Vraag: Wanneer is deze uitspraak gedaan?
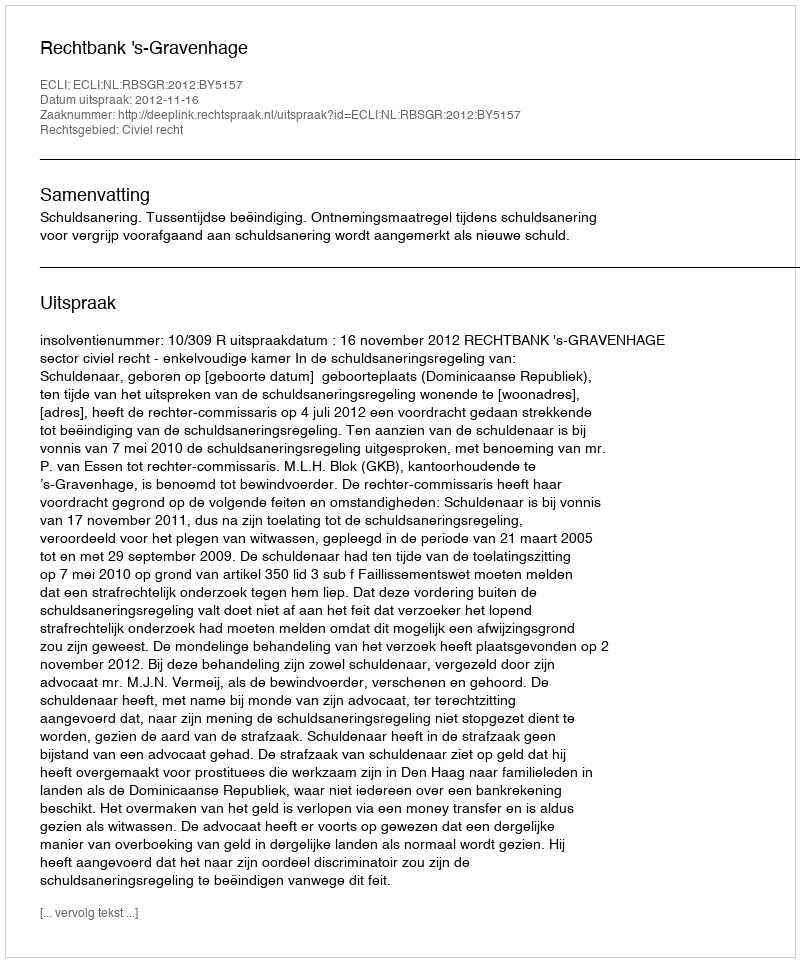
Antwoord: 2012-11-16